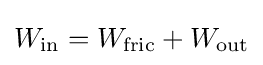
W_{\text{in}}=W_{\text{fric}}+W_{\text{out}}